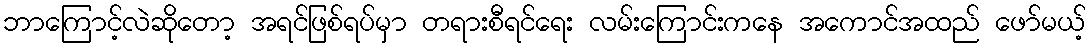
ဘာကြောင့်လဲဆိုတော့ အရင်ဖြစ်ရပ်မှာ တရားစီရင်ရေး လမ်းကြောင်းကနေ အကောင်အထည် ဖော်မယ့်